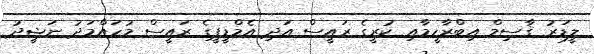
ލީޑަރު ޤާސިމް އިބްރާހީމާއި ކުރީގެ ރައީސް އަދި އެމްޑީޕީގެ ރައީސް މުހައްމަދު ނަޝީދު